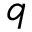
q